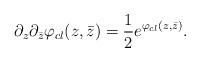
LaTeX: \begin{align*}\partial_z\partial_{\bar {z}}\varphi_{cl}(z,\bar{z})={1\over 2}e^{ \varphi_{cl}(z,\bar{z})}.\end{align*}